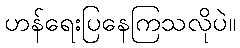
ဟန်ရေးပြနေကြသလိုပဲ။